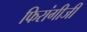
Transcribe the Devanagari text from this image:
फिरांगीजी